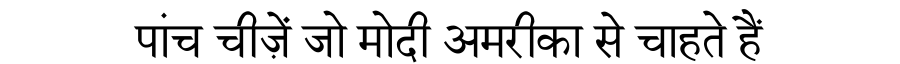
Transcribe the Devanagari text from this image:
पांच चीज़ें जो मोदी अमरीका से चाहते हैं